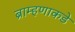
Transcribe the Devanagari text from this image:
ब्राम्हणाकडे